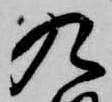
九